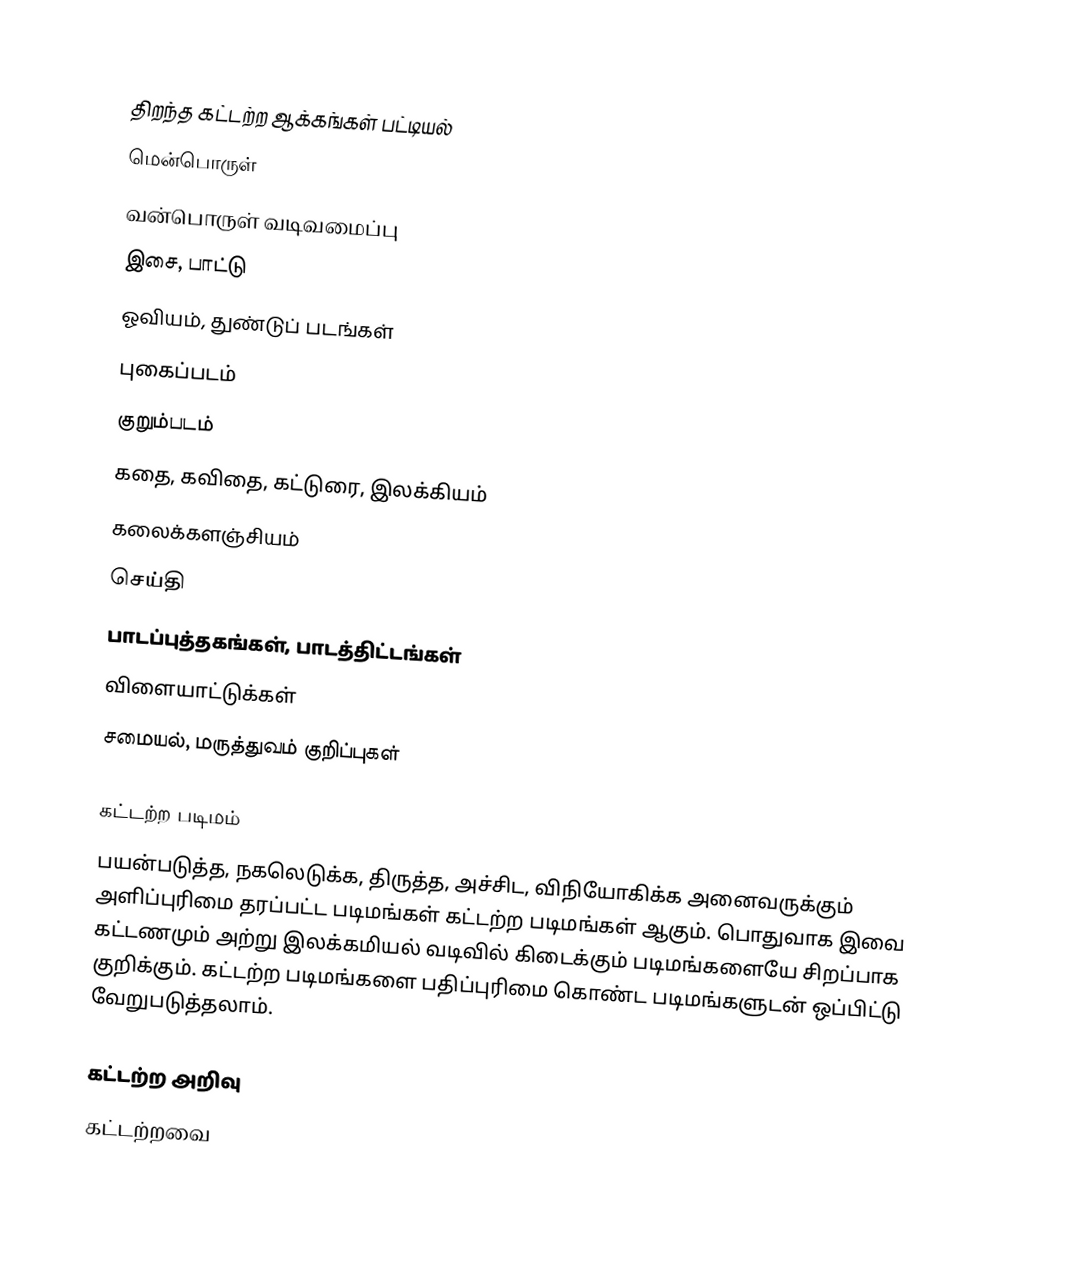

திறந்த கட்டற்ற ஆக்கங்கள் பட்டியல்
 மென்பொருள்
 வன்பொருள் வடிவமைப்பு
 இசை, பாட்டு
 ஓவியம், துண்டுப் படங்கள்
 புகைப்படம்
 குறும்படம்
 கதை, கவிதை, கட்டுரை, இலக்கியம்
 கலைக்களஞ்சியம்
 செய்தி
 பாடப்புத்தகங்கள், பாடத்திட்டங்கள்
 விளையாட்டுக்கள்
 சமையல், மருத்துவம் குறிப்புகள்

கட்டற்ற படிமம்
பயன்படுத்த, நகலெடுக்க, திருத்த, அச்சிட, விநியோகிக்க அனைவருக்கும் அளிப்புரிமை தரப்பட்ட படிமங்கள் கட்டற்ற படிமங்கள் ஆகும்.  பொதுவாக இவை கட்டணமும் அற்று இலக்கமியல் வடிவில் கிடைக்கும் படிமங்களையே சிறப்பாக குறிக்கும்.  கட்டற்ற படிமங்களை பதிப்புரிமை கொண்ட படிமங்களுடன் ஒப்பிட்டு வேறுபடுத்தலாம்.

கட்டற்ற அறிவு
கட்டற்றவை